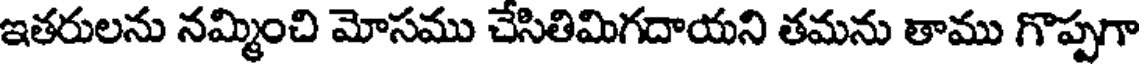
ఇతరులను నమ్మించి మోసము చేసితిమిగదాయని తమను తాము గొప్పగా